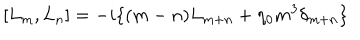
[ L _ { m } , L _ { n } ] = - i \{ ( m - n ) L _ { m + n } + \eta _ { 0 } m ^ { 3 } \delta _ { m + n } \}